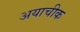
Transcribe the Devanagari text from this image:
अयाचीक